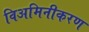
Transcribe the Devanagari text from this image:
विअमिनीकरण